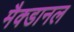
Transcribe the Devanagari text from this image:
मैक्डानल